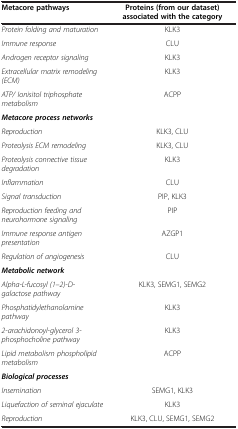
| Metacore pathways | Proteins (from our dataset) associated with the category |
 | --- | --- |
 | Protein folding and maturation | KLK3 |
 | Immune response | CLU |
 | Androgen receptor signaling | KLK3 |
 | Extracellular matrix remodeling (ECM) | KLK3 |
 | ATP/ Ionisitol triphosphate metabolism | ACPP |
 | Metacore process networks |  |
 | Reproduction | KLK3, CLU |
 | Proteolysis ECM remodeling | KLK3, CLU |
 | Proteolysis connective tissue degradation | KLK3 |
 | Inflammation | CLU |
 | Signal transduction | PIP, KLK3 |
 | Reproduction feeding and neurohormone signaling | PIP |
 | Immune response antigen presentation | AZGP1 |
 | Regulation of angiogenesis | CLU |
 | Metabolic network |  |
 | Alpha-L-fucosyl (1–2)-D-galactose pathway | KLK3, SEMG1, SEMG2 |
 | Phosphatidylethanolamine pathway | KLK3 |
 | 2-arachidonoyl-glycerol 3-phosphocholine pathway | KLK3 |
 | Lipid metabolism phospholipid metabolism | ACPP |
 | Biological processes |  |
 | Insemination | SEMG1, KLK3 |
 | Liquefaction of seminal ejaculate | KLK3 |
 | Reproduction | KLK3, CLU, SEMG1, SEMG2 |